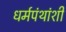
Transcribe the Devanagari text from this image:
धर्मपंथांशी